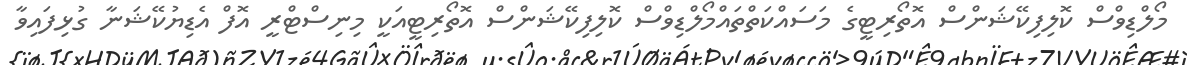
މޯލްޑިވްސް ކޮލިފިކޭޝަންސް އޮތޯރިޓީގެ މަސައްކަތްތައްމޯލްޑިވްސް ކޮލިފިކޭޝަންސް އޮތޯރިޓީއަކީ މިނިސްޓްރީ އޮފް އެޑިޔުކޭޝަނާ ގުޅިފައިވާ